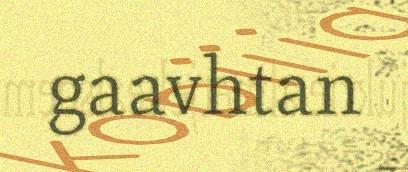
gaavhtan